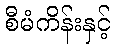
စီမံကိန်းနှင့်